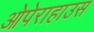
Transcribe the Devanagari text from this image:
ओपेराहाउस